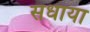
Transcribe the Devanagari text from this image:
सधाया